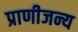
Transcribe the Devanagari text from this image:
प्राणीजन्य